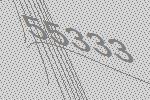
55333